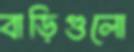
বাড়িগুলো